65_HS1-834228961_62-HQ-83894_Section_6
Agency: FBI
Page 191
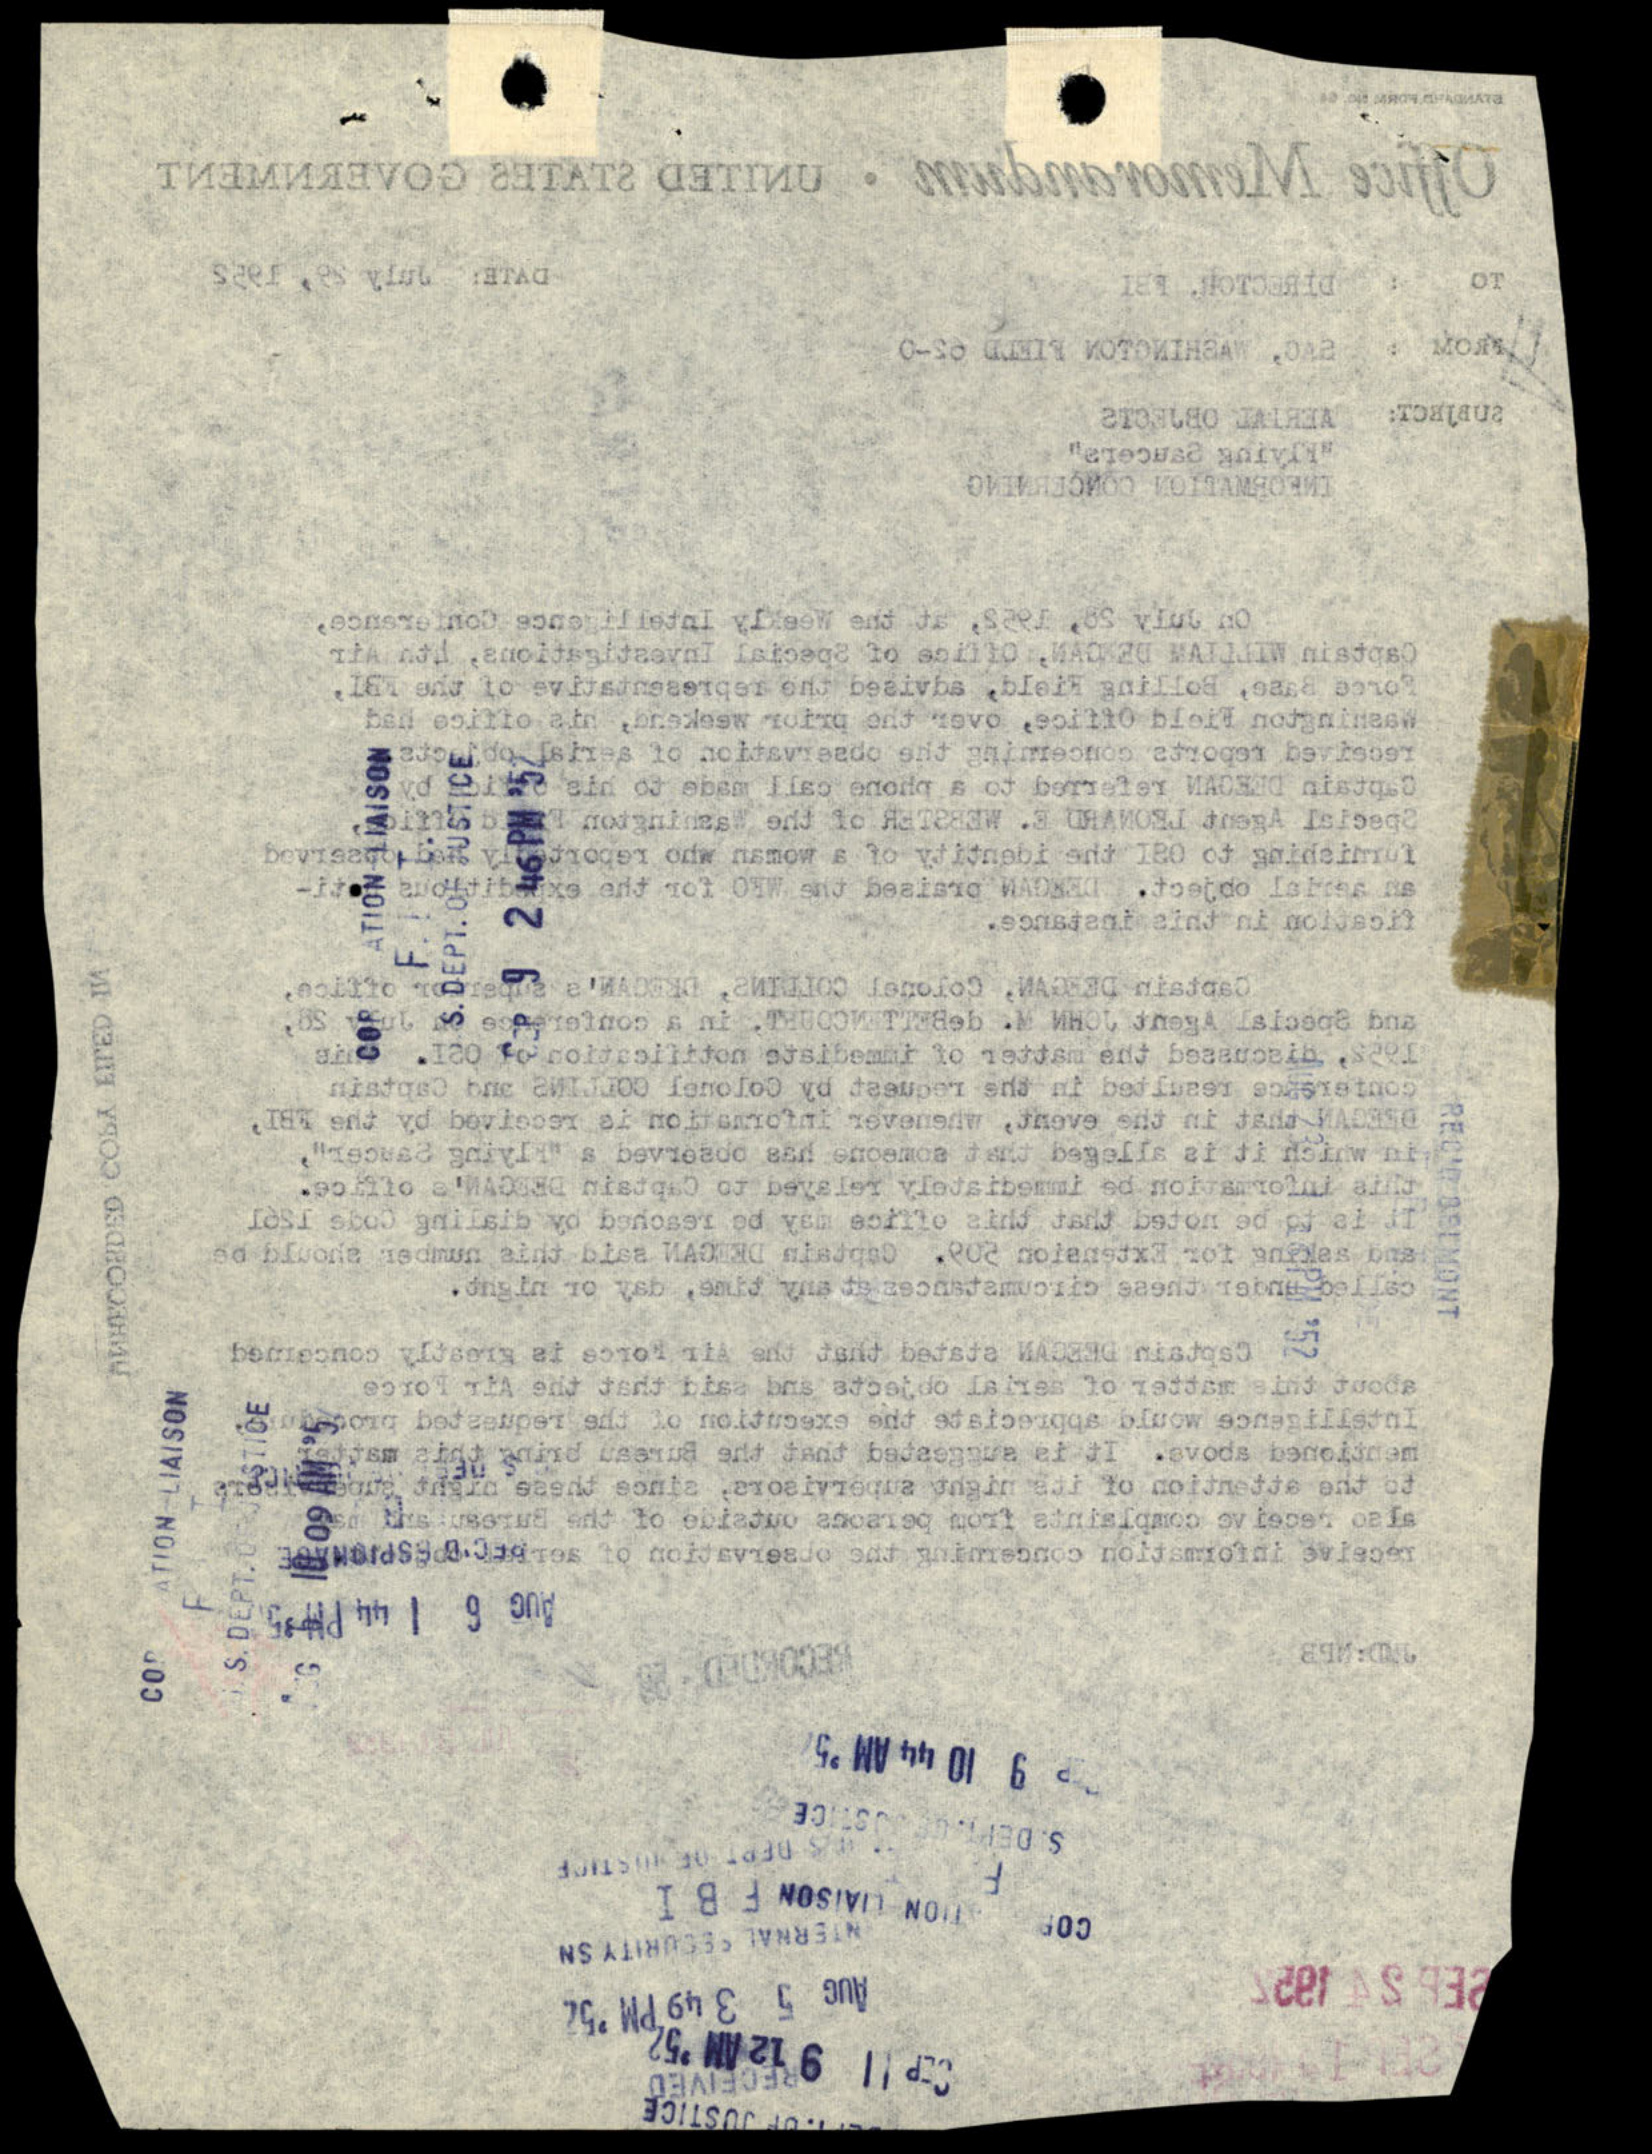